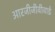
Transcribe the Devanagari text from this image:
आरजीजीवीवाई